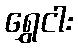
ရွှေငါး